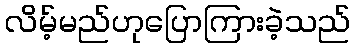
လိမ့်မည်ဟုပြောကြားခဲ့သည်